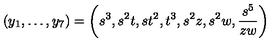
( y _ { 1 } , \ldots , y _ { 7 } ) = \left( s ^ { 3 } , s ^ { 2 } t , s t ^ { 2 } , t ^ { 3 } , s ^ { 2 } z , s ^ { 2 } w , \frac { s ^ { 5 } } { z w } \right)